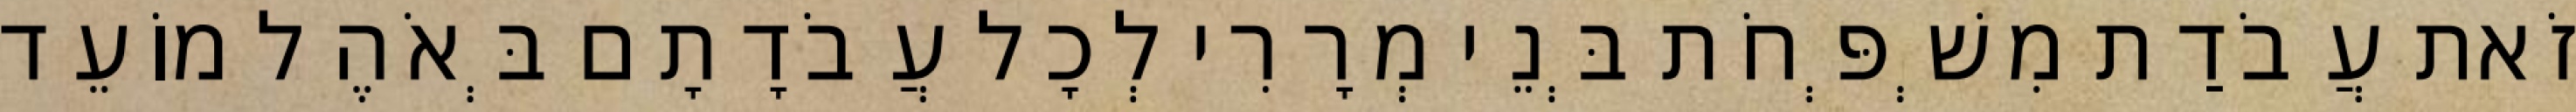
זֹאת עֲבֹדַת מִשְׁפְּחֹת בְּנֵי מְרָרִי לְכָל עֲבֹדָתָם בְּאֹהֶל מוֹעֵד